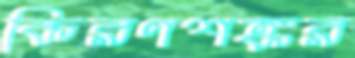
কিরণশঙ্কর